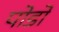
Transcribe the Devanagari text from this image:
पोडो